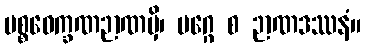
ပစ္စဝေက္ခဏဉာဏမှိ၊ မဂ္ဂေ စ ဉာဏဒဿနံ။